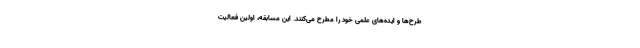
طرح‌ها و ایده‌های علمی خود را مطرح می‌کنند. این مسابقه، اولین فعالیت